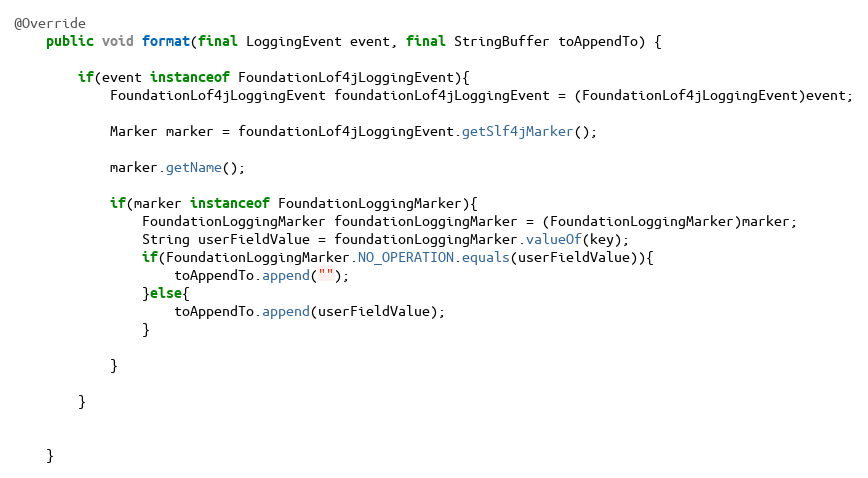
Language: Java
@Override
	public void format(final LoggingEvent event, final StringBuffer toAppendTo) {

		if(event instanceof FoundationLof4jLoggingEvent){
			FoundationLof4jLoggingEvent foundationLof4jLoggingEvent = (FoundationLof4jLoggingEvent)event;

			Marker marker = foundationLof4jLoggingEvent.getSlf4jMarker();

			marker.getName();

			if(marker instanceof FoundationLoggingMarker){
				FoundationLoggingMarker foundationLoggingMarker = (FoundationLoggingMarker)marker;
				String userFieldValue = foundationLoggingMarker.valueOf(key);
				if(FoundationLoggingMarker.NO_OPERATION.equals(userFieldValue)){
					toAppendTo.append("");
				}else{
					toAppendTo.append(userFieldValue);
				}

			}

		}

	}